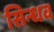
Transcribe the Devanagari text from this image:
सिन्धव